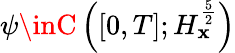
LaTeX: \psi\inC\left([0,T];H_{\mathbf{x}}^{\frac{{5}}{{2}}}\right)